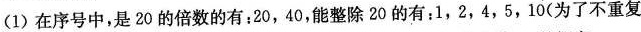
(1)在序号中，是20的倍数的有：20，40，能整除20的有：1，2，4，5，10(为了不重复